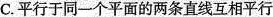
C.平行于同一个平面的两条直线互相平行